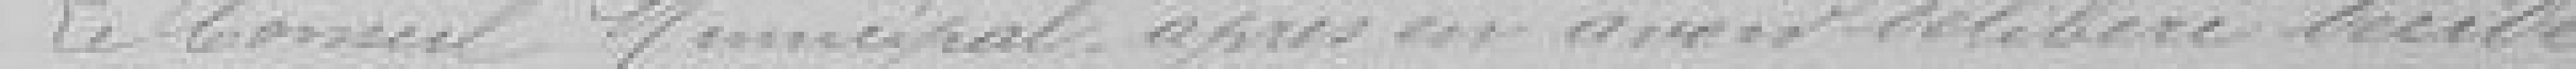
Le Conseil Municipal, après en avoir délibéré, décide